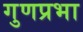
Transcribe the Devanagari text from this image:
गुणप्रभा